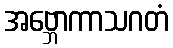
အဗ္ဘောကာသဂတံ